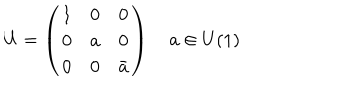
U = \left( \begin{array} { c c c } { { 1 } } & { { 0 } } & { { 0 } } \\ { { 0 } } & { { a } } & { { 0 } } \\ { { 0 } } & { { 0 } } & { { \bar { a } } } \\ \end{array} \right) \quad a \in U ( 1 )